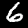
Digit: 6